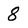
Character: 8